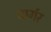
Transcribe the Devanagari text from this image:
बार्गर